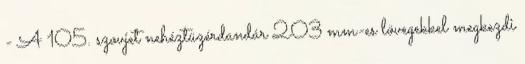
- A 105. szovjet nehéztüzérdandár 203 mm-es lövegekkel megkezdi